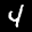
Label: 4